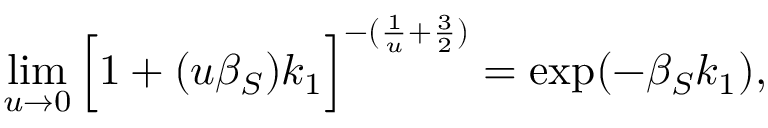
\operatorname* { l i m } _ { u \rightarrow 0 } \Big [ 1 + ( u \beta _ { S } ) k _ { 1 } \Big ] ^ { - ( \frac { 1 } { u } + \frac { 3 } { 2 } ) } = \exp ( - \beta _ { S } k _ { 1 } ) ,